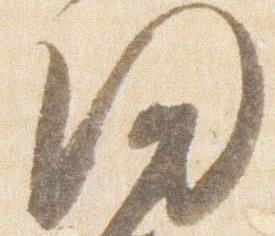
帰